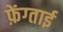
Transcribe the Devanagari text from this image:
फ़ेंग्ताई